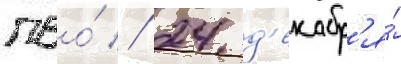
пво́ // 24 д'екабр'я́